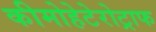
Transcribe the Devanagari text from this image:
कीमोहेटेरोट्राफ